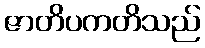
ဇာတိပကတိသည်